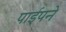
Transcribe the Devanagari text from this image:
पाईपने